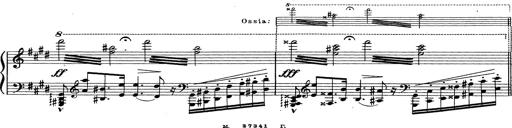
Title: Grosses Konzertsolo
Composer: Franz Liszt